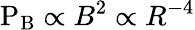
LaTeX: \mathrm{P_{B}}\propto B^{2}\propto R^{-4}